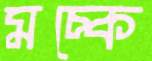
মচ্‌কে